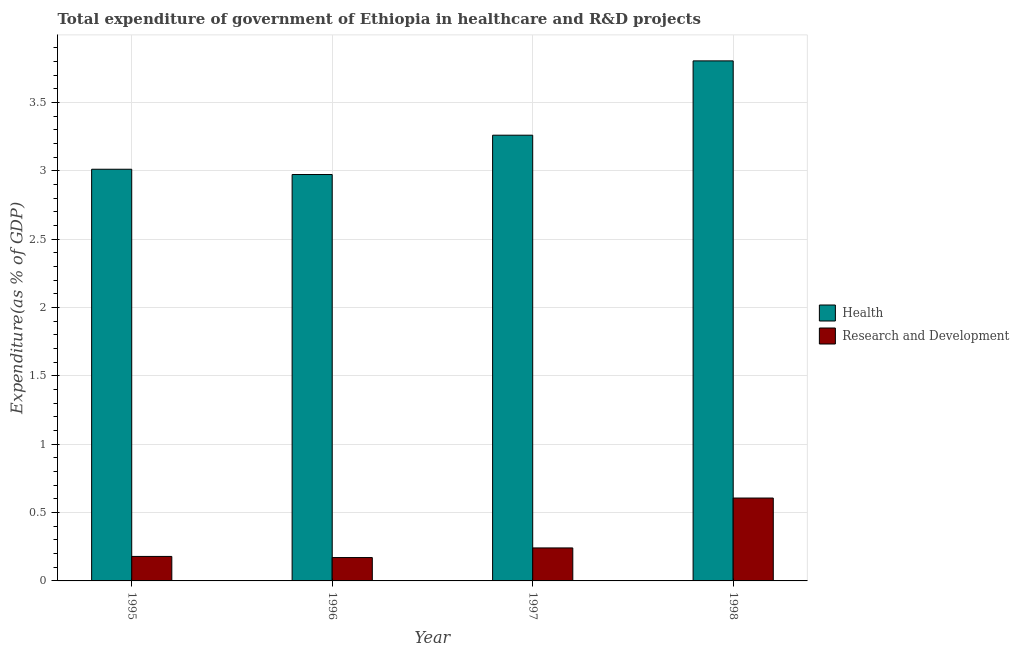
| Year | Health | Research and Development |
 | --- | --- | --- |
 | 1995 | 3.01 | 0.179 |
 | 1996 | 2.97 | 0.171 |
 | 1997 | 3.26 | 0.241 |
 | 1998 | 3.8 | 0.606 |